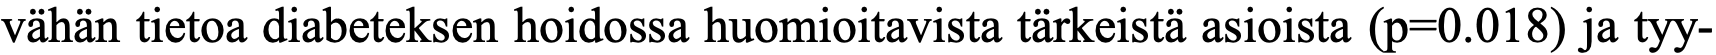
vähän tietoa diabeteksen hoidossa huomioitavista tärkeistä asioista (p=0.018) ja tyy-